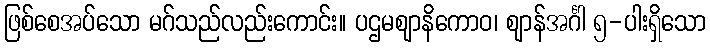
ဖြစ်စေအပ်သော မဂ်သည်လည်းကောင်း။ ပဌမဈာနိကောဝ၊ ဈာန်အင်္ဂါ ၅-ပါးရှိသော